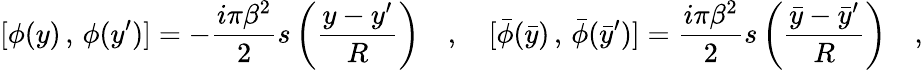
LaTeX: [\phi(y)\, ,\, \phi(y^{\prime})]=-{\frac{i\pi\beta^{2}}{2}}s\left(\frac{y-y^{\prime}}{R}\right)\quad,\quad[\bar{\phi}(\bar{y})\, ,\, \bar{\phi}(\bar{y}^{\prime})]={\frac{i\pi\beta^{2}}{2}}s\left(\frac{\bar{y}-\bar{y}^{\prime}}{R}\right)\quad,